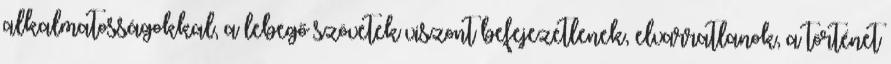
alkalmatosságokkal, a lebegő szövetek viszont befejezetlenek, elvarratlanok, a történet